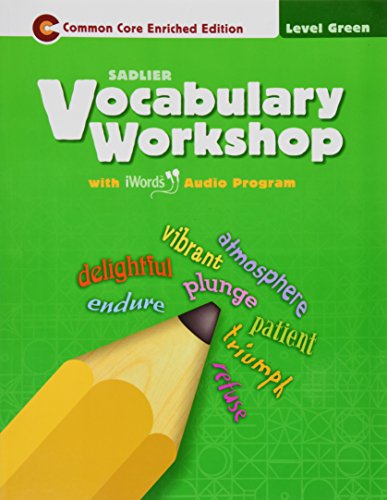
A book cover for Vocabulary Workshop Â©2011 Level Green (Grade 3) Student Edition; Sadlier; Reference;